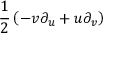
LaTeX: { \frac { 1 } { 2 } } \left( - v \partial _ { u } + u \partial _ { v } \right)